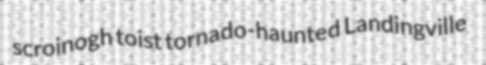
scroinogh toist tornado-haunted Landingville